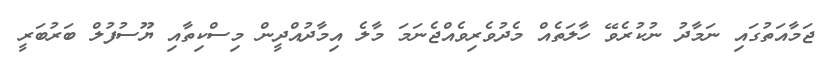
ޖަމާއަތުގައި ނަމާދު ނުކުރެވޭ ހާލަތެއް މެދުވެރިވެއްޖެނަމަ މާލެ އިމާދުއްދީން މިސްކިތާއި ޔޫސުފުލް ބަރުބަރީ